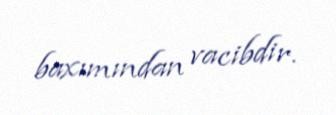
baxımından vacibdir.